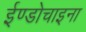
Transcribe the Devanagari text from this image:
ईण्डोचाइना